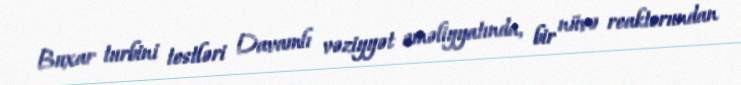
Buxar turbini testləri Davamlı vəziyyət əməliyyatında, bir nüvə reaktorundan